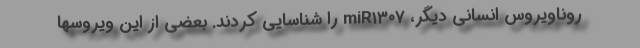
روناویروس انسانی دیگر، miR۱۳۰۷ را شناسایی کردند. بعضی از این ویروسها